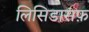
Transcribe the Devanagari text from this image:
लिसिडासफ़